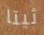
ثيتا